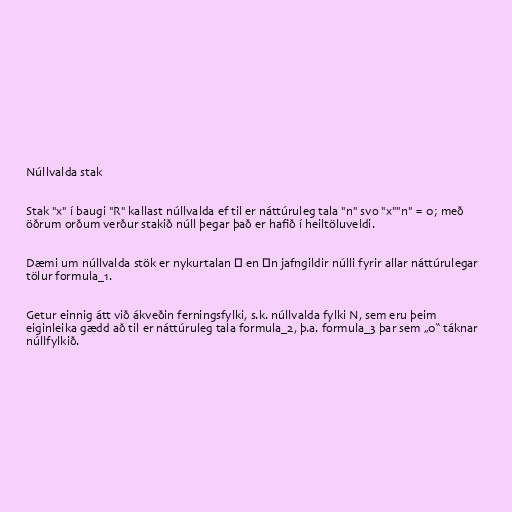
Núllvalda stak

Stak "x" í baugi "R" kallast núllvalda ef til er náttúruleg tala "n" svo "x""n" = 0; með
öðrum orðum verður stakið núll þegar það er hafið í heiltöluveldi.

Dæmi um núllvalda stök er nykurtalan ε en εn jafngildir núlli fyrir allar náttúrulegar
tölur formula_1.

Getur einnig átt við ákveðin ferningsfylki, s.k. núllvalda fylki N, sem eru þeim
eiginleika gædd að til er náttúruleg tala formula_2, þ.a. formula_3 þar sem „0“ táknar
núllfylkið.